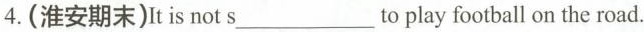
4.(淮安期末)It is not s_to play football on the road.